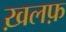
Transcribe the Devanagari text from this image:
ख़लफ़